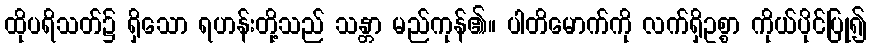
ထိုပရိသတ်၌ ရှိသော ရဟန်းတို့သည် သန္တာ မည်ကုန်၏။ ပါတိမောက်ကို လက်ရှိဥစ္စာ ကိုယ်ပိုင်ပြု၍